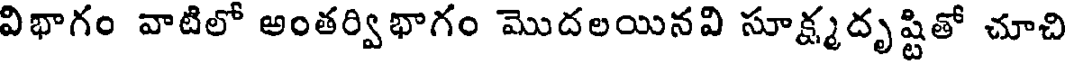
విభాగం వాటిలో అంతర్విభాగం మొదలయినవి సూక్ష్మదృష్టితో చూచి